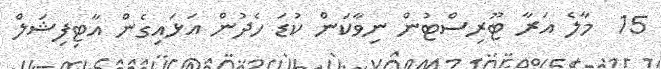
15  މާލެ އަރާ ޓޫރިސްޓުން ނިވާކަން ކުޑަ ހެދުން އަޅައިގެން އާޓިފިޝަލް